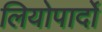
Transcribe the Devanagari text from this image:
लियोपार्दो